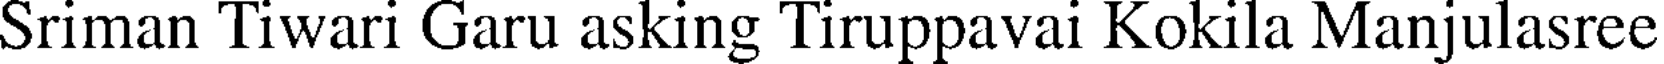
Sriman Tiwari Garu asking Tiruppavai Kokila Manjulasree